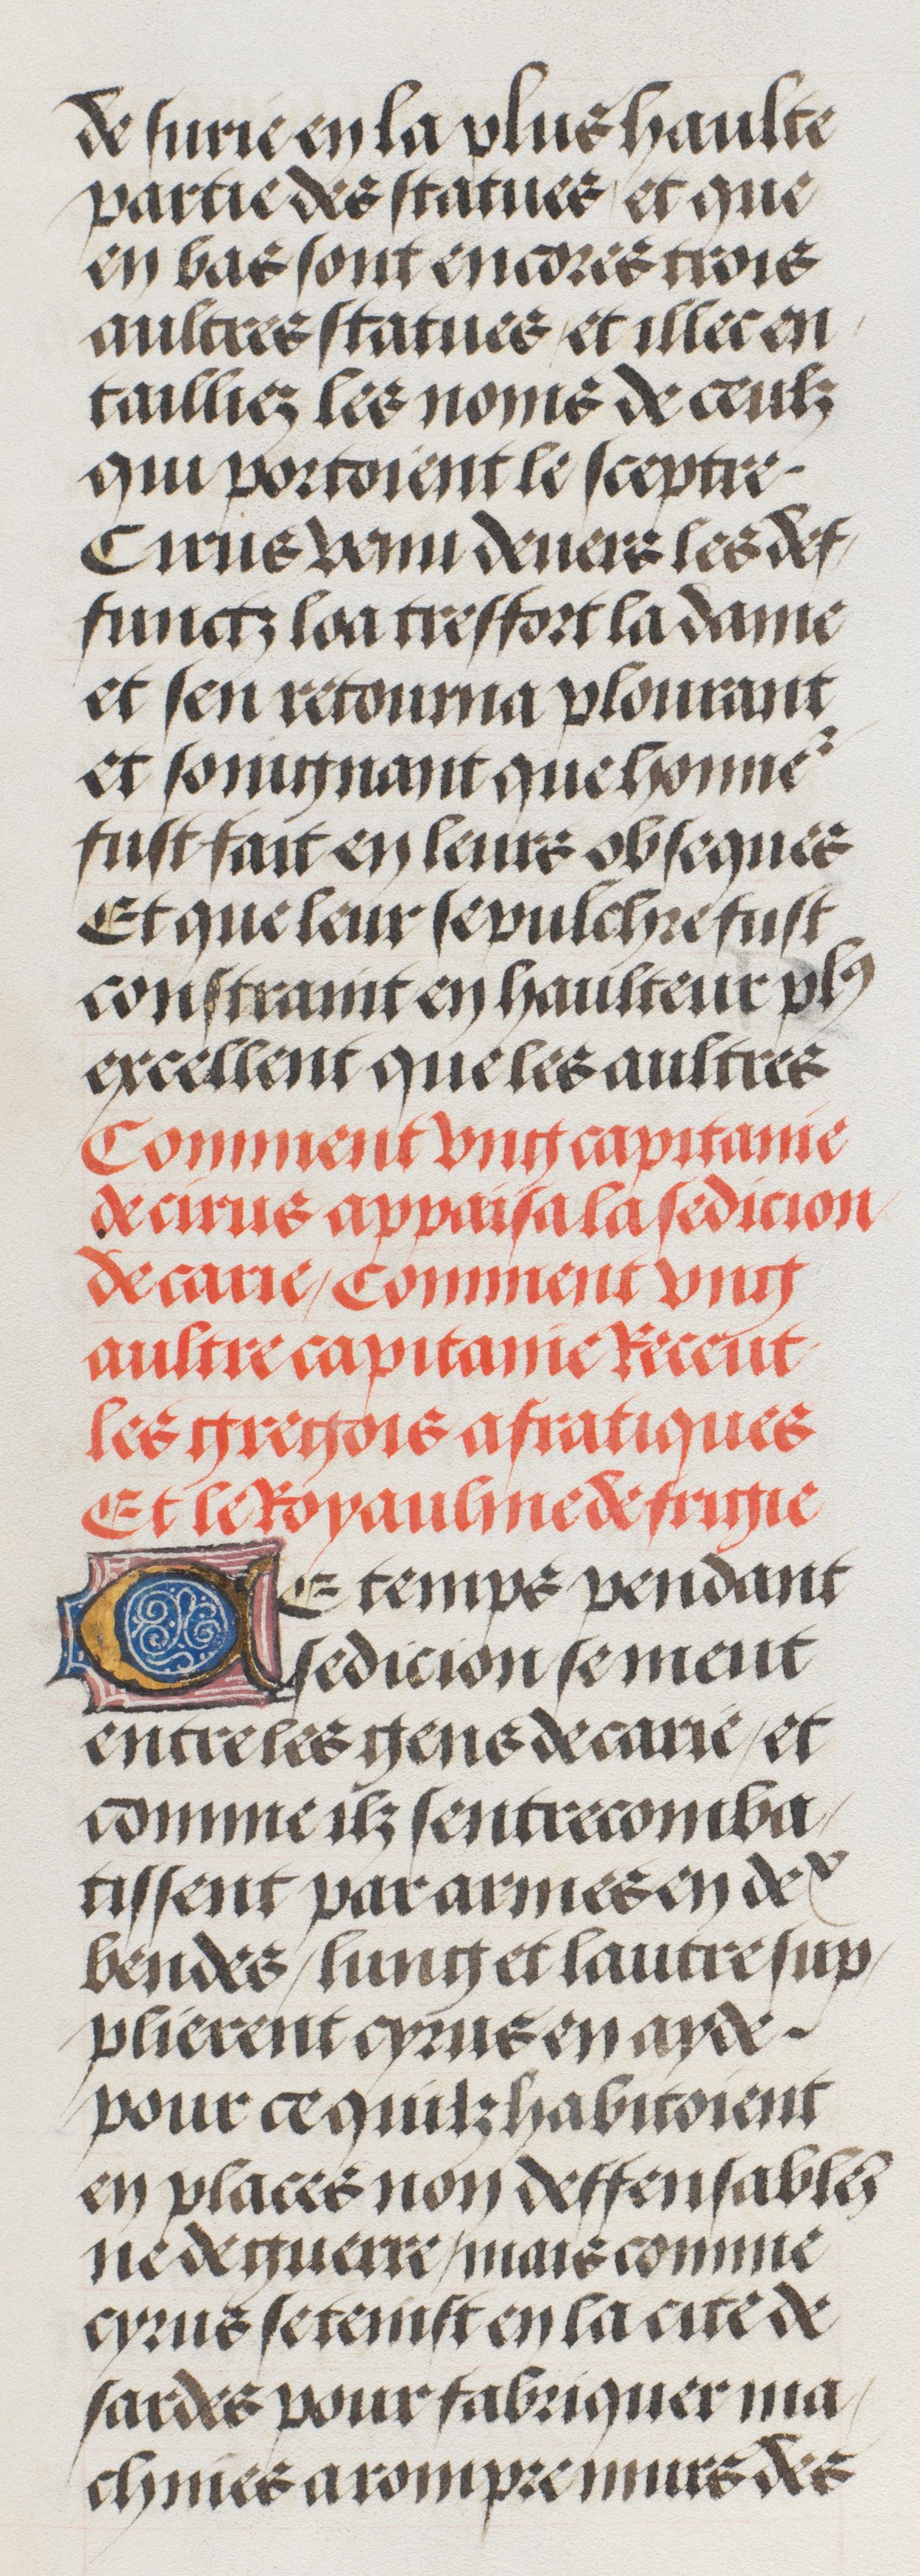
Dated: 1485–1505